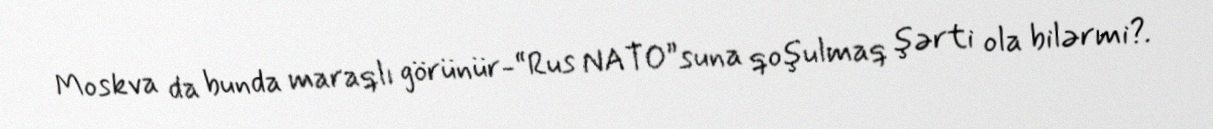
Moskva da bunda maraqlı görünür-“Rus NATO”suna qoşulmaq şərti ola bilərmi?.